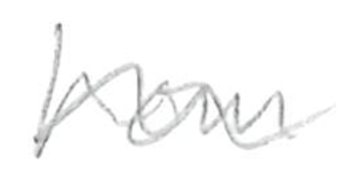
Text: from
Cross-out: wave
Writing tool: pencil